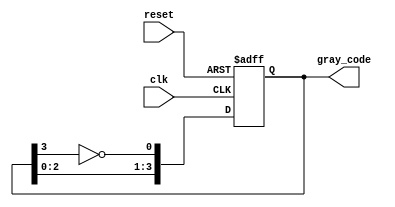
module gray_code_ring_counter (
    input wire clk,
    input wire reset,
    output reg [3:0] gray_code
);

reg [3:0] d_ffs;
always @(posedge clk or posedge reset) begin
    if (reset) begin
        d_ffs <= 4'b0000;
    end else begin
        d_ffs <= {d_ffs[2:0], ~d_ffs[3]};
    end
end

assign gray_code = d_ffs;

endmodule